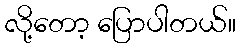
လို့တော့ ပြောပါတယ်။